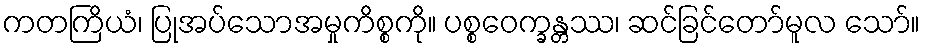
ကတကြိယံ၊ ပြုအပ်သောအမှုကိစ္စကို။ ပစ္စဝေက္ခန္တဿ၊ ဆင်ခြင်တော်မူလ သော်။